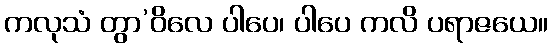
ကလုသံ တွာ’ဝိလေ ပါပေ၊ ပါပေ ကလိ ပရာဇယေ။